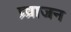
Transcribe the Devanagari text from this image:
प्र्व्राजन